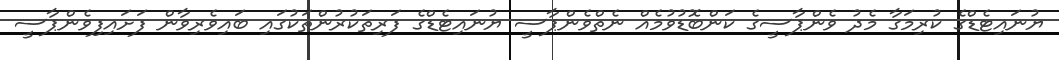
ޔުނައިޓެޑްގެ ކުރިމަގާ މެދު ވެންޕާސީގެ ކަންބޮޑުވުމެއް ނެތްވެންޕާސީ ޔުނައިޓެޑްގެ ފަރިތަކުރުންތަކުގައި ބައިވެރިވާން ފަށައިފިވެންޕާސީ